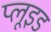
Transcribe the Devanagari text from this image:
प्लूइड